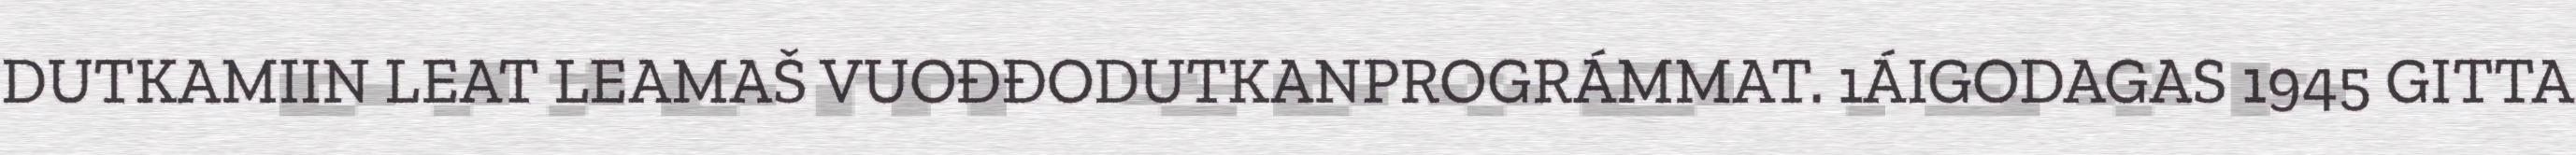
DUTKAMIIN LEAT LEAMAŠ VUOĐĐODUTKANPROGRÁMMAT. 1ÁIGODAGAS 1945 GITTA